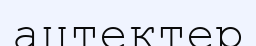
ацтектер